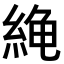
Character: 𫃧